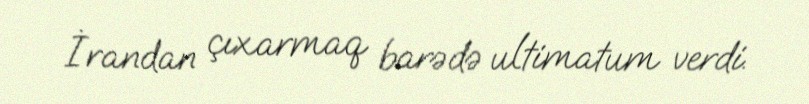
İrandan çıxarmaq barədə ultimatum verdi.